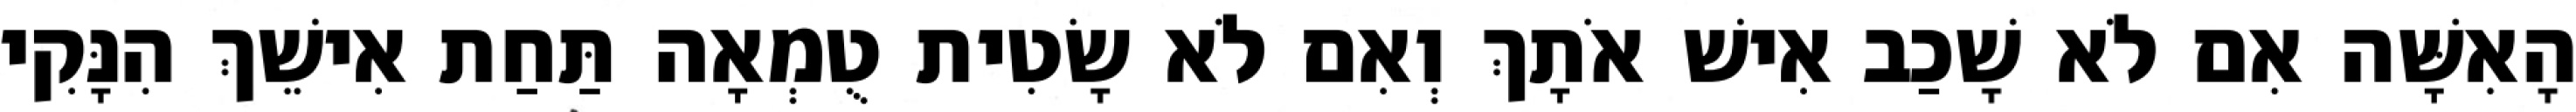
הָאִשָּׁה אִם לֹא שָׁכַב אִישׁ אֹתָךְ וְאִם לֹא שָׂטִית טֻמְאָה תַּחַת אִישֵׁךְ הִנָּקִי